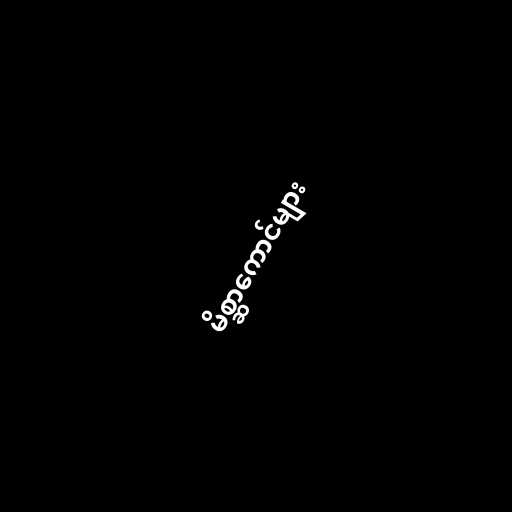
မိစ္ဆာကောင်များ